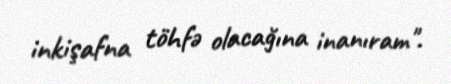
inkişafna töhfə olacağına inanıram".